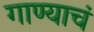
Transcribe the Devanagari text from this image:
गाण्याचं